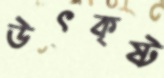
উৎকৃষ্ট